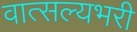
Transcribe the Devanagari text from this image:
वात्सल्यभरी